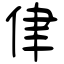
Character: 侓